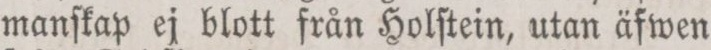
manſkap ej blott från Holſtein, utan äfwen